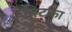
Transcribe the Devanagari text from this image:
पिटका